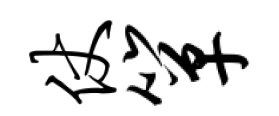
仗箪